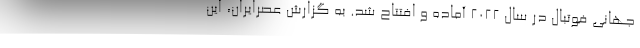
جهانی فوتبال در سال 2022 آماده و افتتاح شد. به گزارش عصرایران، این